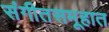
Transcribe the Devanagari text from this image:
संगीतसमूहात